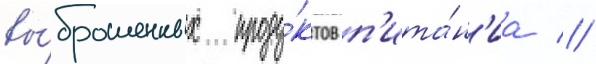
вы́брошенных проду́ктов п'ита́н'иа //